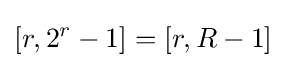
\left[r,2^{r}-1\right]=[r,R-1]